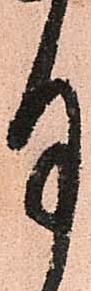
月